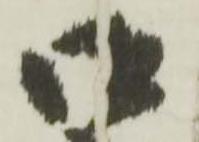
御